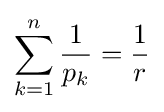
\sum _{k=1}^{n}{\frac {1}{p_{k}}}={\frac {1}{r}}